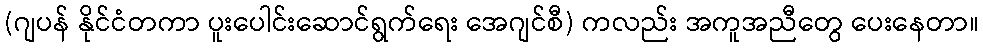
(ဂျပန် နိုင်ငံတကာ ပူးပေါင်းဆောင်ရွက်ရေး အေဂျင်စီ) ကလည်း အကူအညီတွေ ပေးနေတာ။